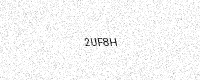
Text: 2UF8H